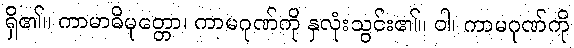
ရှိ၏။ ကာမာဓိမုတ္တော၊ ကာမဂုဏ်ကို နှလုံးသွင်း၏။ ဝါ၊ ကာမဂုဏ်ကို